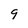
Character: 9